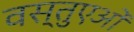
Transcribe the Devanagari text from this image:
वस्तुएओं